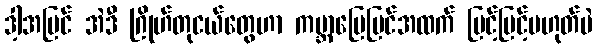
ဒါ့အပြင် အဲဒီ ဂြိုဟ်တုငယ်တွေဟာ ကမ္ဘာမြေပြင်အထက် မြင့်မြင့်မဟုတ်ပဲ